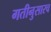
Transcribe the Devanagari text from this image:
गतीनुसारच